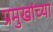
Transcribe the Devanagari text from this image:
प्रमुखांच्या